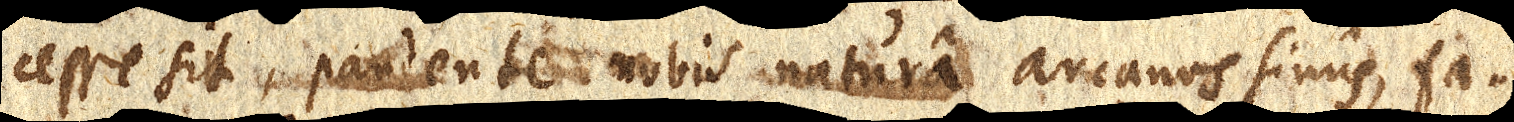
cesse sit, pandente nobis natura arcanos sinus, fa–